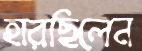
হারছিলেন